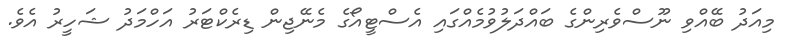
މިއަދު ބޭއްވި ނޫސްވެރިންގެ ބައްދަލުވުމެއްގައި އެސްޓީއޯގެ މެނޭޖިން ޑިރެކްޓަރު އަހްމަދު ޝަހީރު އެވެ.